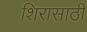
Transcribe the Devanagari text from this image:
शिरासाठी